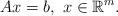
LaTeX: \begin{align*}A x = b , ~ x \in \mathbb{R}^m.\end{align*}